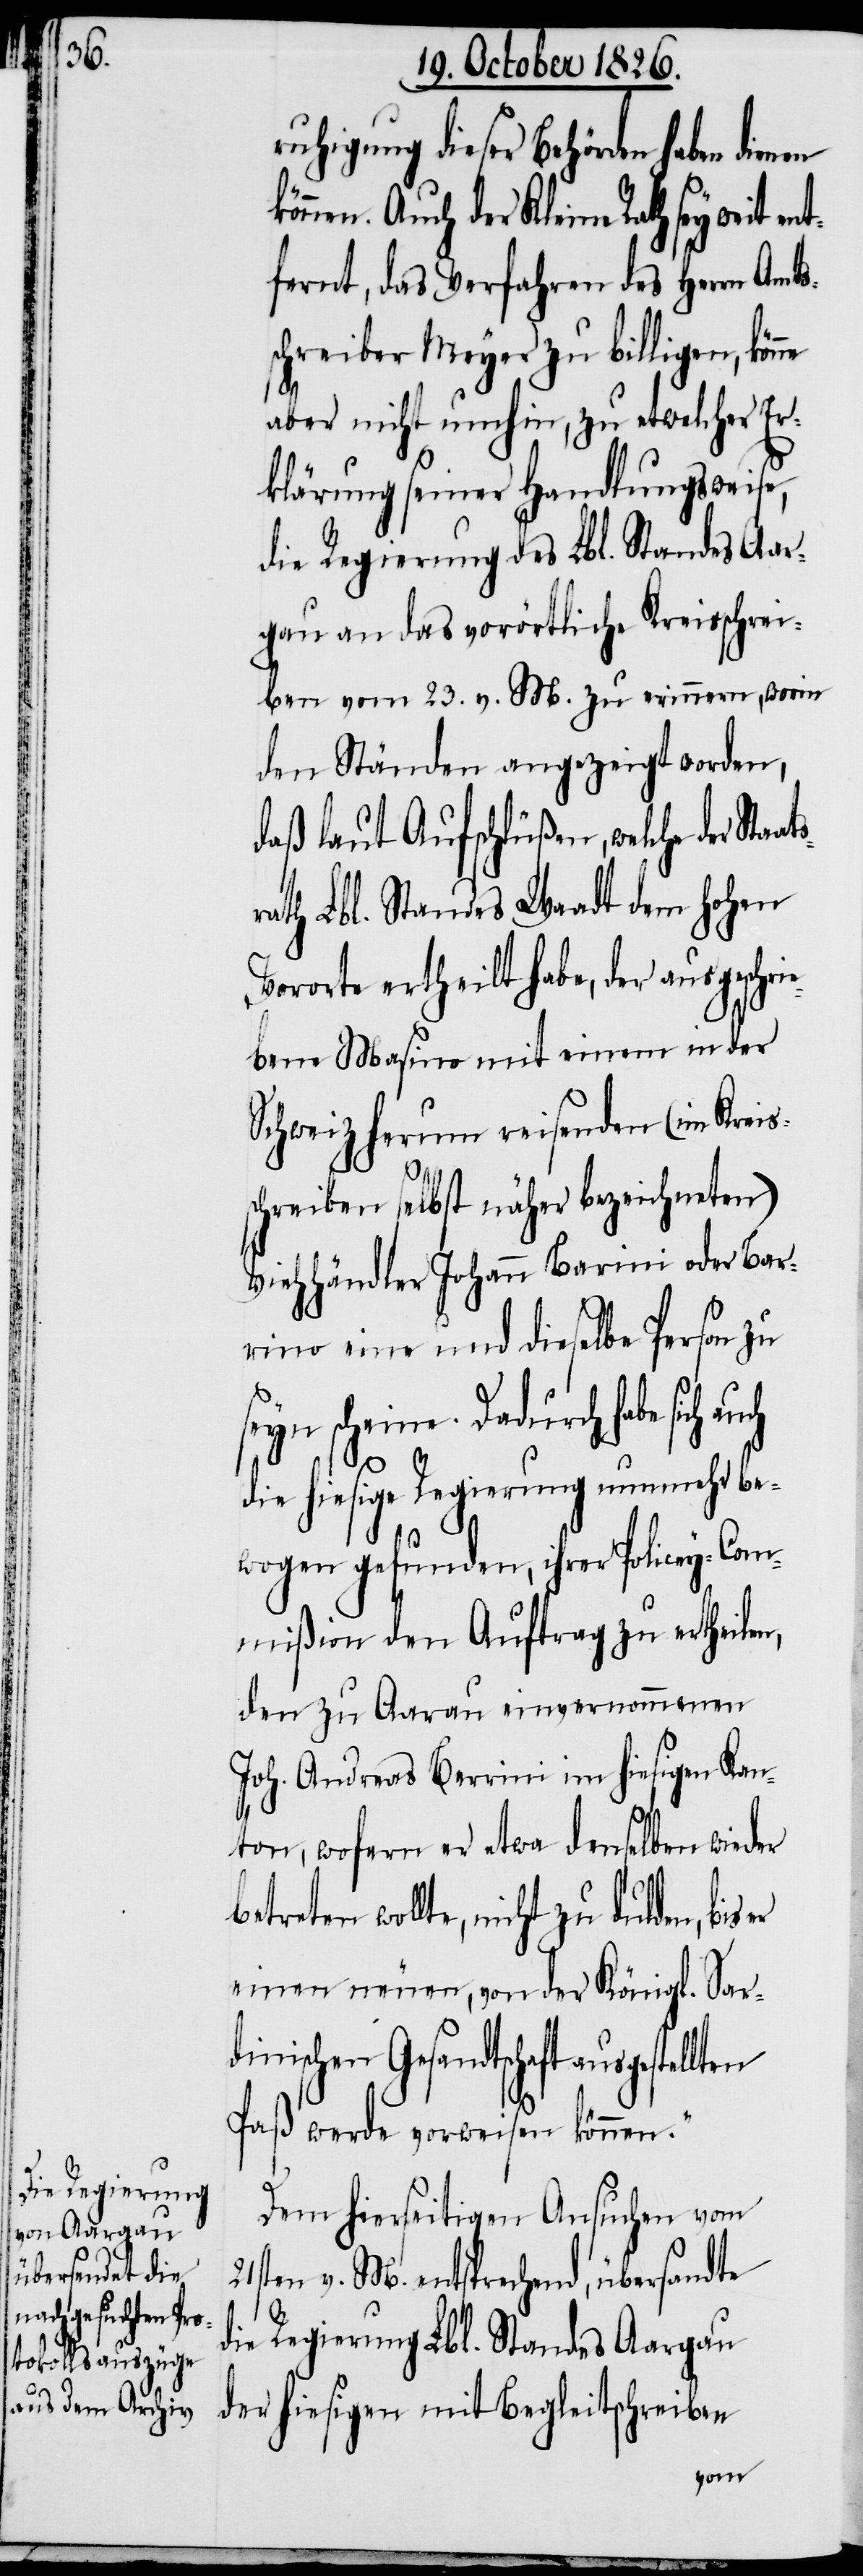
d¬
ruhigung dieser Behörden haben dienen
nen. Auch der Kleine Rath sey weit
fernt, das Verfahren des Herrn Amts¬
schreiber Meyer zu billigen,
aber nicht umhin, zu etwelcher Er¬
klärung seiner Handlungsweise,
die Regierung des Lbl. Standes Aar¬
gau an das vorörtliche Kreisschrei¬
ben vom 23. v. M. zu erinnern, worin
den Ständen angezeigt worden,
daß laut Aufschlüßen, welche der Sta¬
ath Lbl. Standes Waadt dem hohen
Vororte ertheilt habe, der ausgeschri¬
ebene Masino mit einem in der
Schweiz herum reisenden (im Kreis¬
schreiben selbst näher bezeichneten)
Viehhändler Johann Barini oder Bar¬
rino eine und dieselbe Person zu
seyn scheine. Dadurch habe sich
die hiesige Regierung nunmehr be¬
wogen gefunden, ihrer Policey-Com¬
mißion den Auftrag zu ertheilen,
den zu Aarau einvernommenen
Joh. Andreas Berrini im hiesigen Kan¬
ton, wofern er etwa denselben wieder
wollte, nicht zu dulden, bis
einen neuen, von der Königl. Sar¬
dinischen Gesandtschaft ausgeste¬
Paß werde vorweisen können.“
Dem hierseitigen Ansuchen vom
ten v. M. entsprechend übersandte
ie Regierung Lbl. Standes Aargau
der hiesigen mit Begleitschreiben
atsr¬